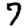
Digit: 7